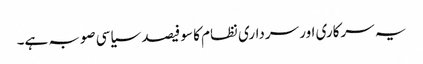
یہ سرکاری اور سرداری نظام کا سو فیصد سیاسی صوبہ ہے۔